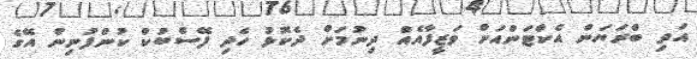
އަދި ބްރަޔަން އެކްޓަންއަށް ވަޒީފާއެއް ދިނުމަށް ދެކޮޅު ހެދި ފޭސްބުކް ކުންފުނިން އޭގެ